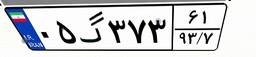
۷۱گ۲۳۶۹۹